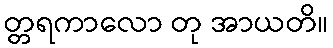
တ္တရကာလော တု အာယတိ။